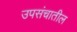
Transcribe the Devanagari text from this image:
उपसंचातील